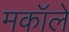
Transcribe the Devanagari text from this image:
मकॉले